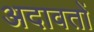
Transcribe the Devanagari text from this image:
अदावतों